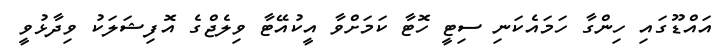
އައްޑޫގައި ހިންގާ ހަމައެކަނި ސިޓީ ހޮޓާ ކަމަށްވާ އީކުއޭޓާ ވިލެޖްގެ އޮފިޝަލަކު ވިދާޅުވީ